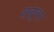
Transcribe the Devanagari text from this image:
शखूधार